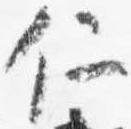
仁